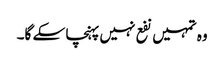
وہ تمہیں نفع نہیں پہنچا سکے گا۔